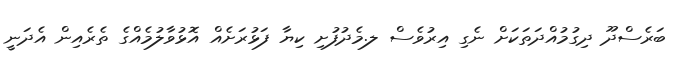
ބަރެސްދޫ ދިގުމުއްދަތަކަށް ނެގި އިރުވެސް ލ.މެދުފުށި ކިޔާ ފަޅުރަށެއް އޮޅުވާލުމެއްގެ ތެރެއިން އެދަނީ